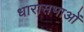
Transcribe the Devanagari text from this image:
धारासभाओं